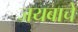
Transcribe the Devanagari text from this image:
जयबाचे